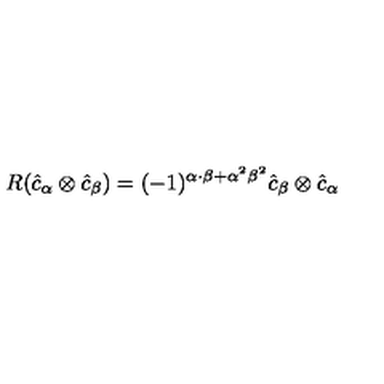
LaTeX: R ( \hat { c } _ { \alpha } \otimes \hat { c } _ { \beta } ) = ( - 1 ) ^ { \alpha \cdot \beta + { \alpha } ^ { 2 } { \beta } ^ { 2 } } \hat { c } _ { \beta } \otimes \hat { c } _ { \alpha }